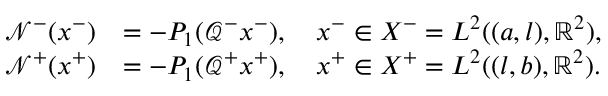
\begin{array} { r l } { \mathcal { N } ^ { - } ( x ^ { - } ) } & { = - P _ { 1 } ( \mathcal { Q } ^ { - } x ^ { - } ) , \quad x ^ { - } \in X ^ { - } = L ^ { 2 } ( ( a , l ) , \mathbb { R } ^ { 2 } ) , } \\ { \mathcal { N } ^ { + } ( x ^ { + } ) } & { = - P _ { 1 } ( \mathcal { Q } ^ { + } x ^ { + } ) , \quad x ^ { + } \in X ^ { + } = L ^ { 2 } ( ( l , b ) , \mathbb { R } ^ { 2 } ) . } \end{array}